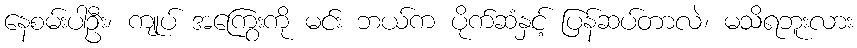
နေစမ်းပါဦး၊ ကျုပ် အကြွေးကို မင်း ဘယ်က ပိုက်ဆံနှင့် ပြန်ဆပ်တာလဲ၊ မသိရဘူးလား